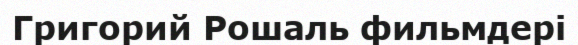
Григорий Рошаль фильмдері